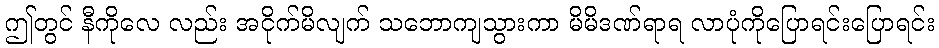
ဤတွင် နီကိုလေ လည်း အငိုက်မိလျက် သဘောကျသွားကာ မိမိဒဏ်ရာရ လာပုံကိုပြောရင်းပြောရင်း